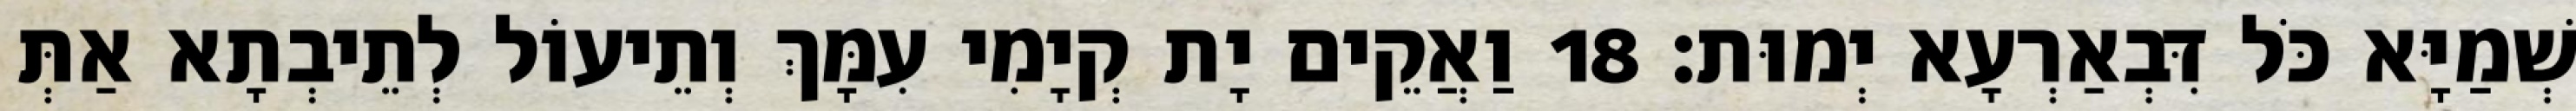
שְׁמַיָּא כֹּל דִּבְאַרְעָא יְמוּת׃ 18 וַאֲקֵים יָת קְיָמִי עִמָּךְ וְתֵיעוֹל לְתֵיבְתָא אַתְּ